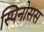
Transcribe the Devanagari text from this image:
स्पिनोसस